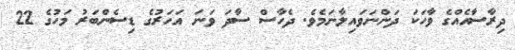
ދިރާސާއެއްގެ ވާހަކަ ދަންނަވައިލާނަމެވެ. ދެހާސް ސާދަ ވަނަ އަހަރުގެ ޑިސެންބަރު މަހުގެ 22